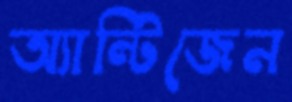
অ্যান্টিজেন